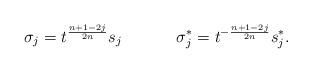
LaTeX: \begin{align*}\sigma_j=t^{\frac{n+1-2j}{2n}}s_j\ \ \ \ \ \ \ \ \ \ \sigma^*_j=t^{-\frac{n+1-2j}{2n}}s^*_j.\end{align*}